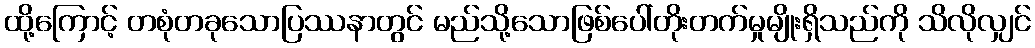
ထို့ကြောင့် တစုံတခုသောပြဿနာတွင် မည်သို့သောဖြစ်ပေါ်တိုးတက်မှုမျိုးရှိသည်ကို သိလိုလျှင်